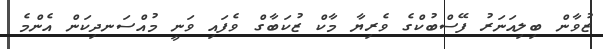
ޒުވާން ބިލިއަނަރު ފޭސްބުކްގެ ވެރިޔާ މާކް ޒުކަބާގް ވެފައި ވަނީ މުއްސަނދިކަން އެންމެ